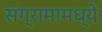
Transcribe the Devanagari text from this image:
संग्रामामध्ये